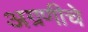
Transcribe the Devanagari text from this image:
अग्रणीचे